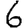
Digit: 6